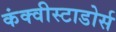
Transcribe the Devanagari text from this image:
कंक्वीस्टाडोर्स